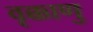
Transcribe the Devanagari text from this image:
वृक्काणु